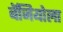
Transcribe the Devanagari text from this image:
बॅजियोला